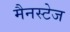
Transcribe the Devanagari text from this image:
मैनस्टेज